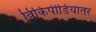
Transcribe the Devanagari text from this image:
विकिपीडियातर